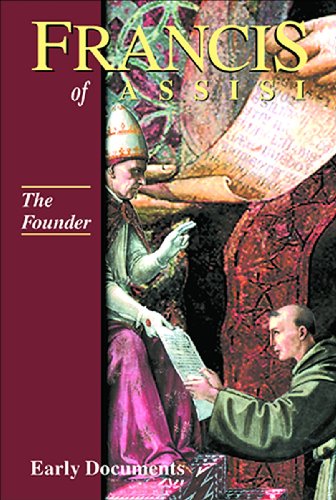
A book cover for Francis of Assisi - The Founder: Early Documents, vol. 2 (Francis of Assisi: Early Documents); Regis J. Armstrong; Christian Books & Bibles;